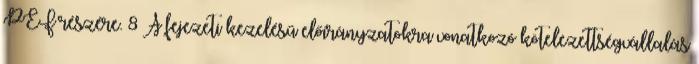
PEF részére. 8 A fejezeti kezelésű előirányzatokra vonatkozó kötelezettségvállalás